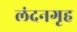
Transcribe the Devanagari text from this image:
लंदनगृह